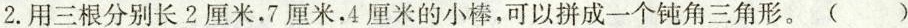
2.用三根分别长2厘米。7厘米，4厘米的小棒，可以拼成一个钝角三角形。()